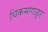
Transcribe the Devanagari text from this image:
चिकमागळूर